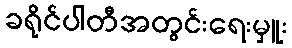
ခရိုင်ပါတီအတွင်းရေးမှူး